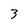
Character: 3